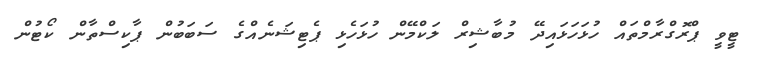
ޓީވީ ޕްރޮގްރާމްތައް ހުޅަހަޅައިދޭ މުބާޝިރް ލަކްމޭން ހުޅަހެޅި ޕެޓިޝަނެއްގެ ސަބަބުން ޕާކިސްތާން ކޯޓުން